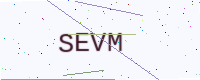
Text: SEVM